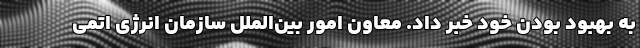
به بهبود بودن خود خبر داد. معاون امور بین‌الملل سازمان انرژی اتمی